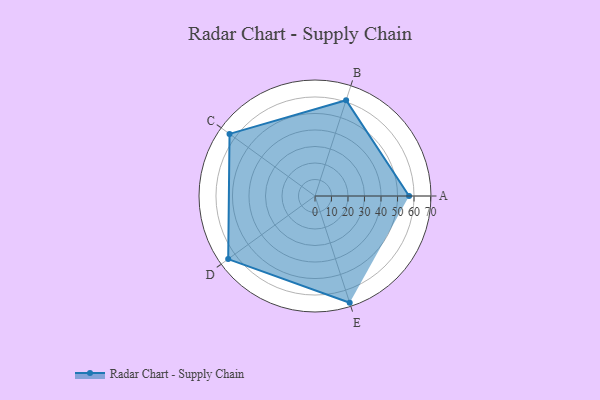
{"axis": {"x": "Skill", "y": "Score"}, "legend": ["Profile"], "data": [{"x": "A", "y": 57.0, "type": "Profile"}, {"x": "B", "y": 61.0, "type": "Profile"}, {"x": "C", "y": 64.0, "type": "Profile"}, {"x": "D", "y": 65.0, "type": "Profile"}, {"x": "E", "y": 68.0, "type": "Profile"}]}